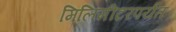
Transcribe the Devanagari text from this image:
मिलिमीटरपर्यंत